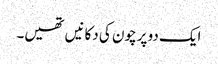
ایک دو پرچون کی دکانیں تھیں۔